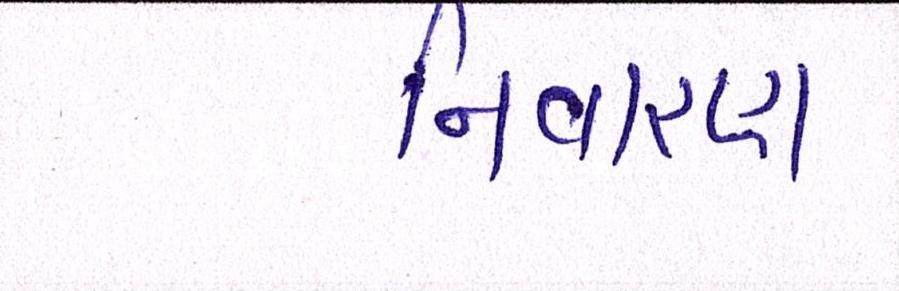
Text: નિવારણ